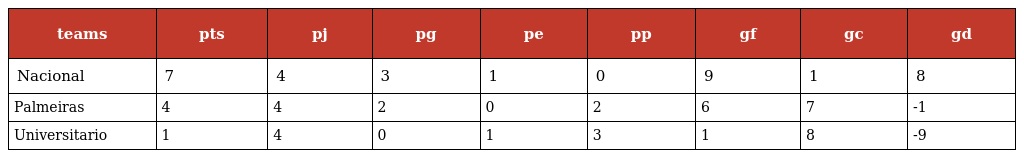
| teams | pts | pj | pg | pe | pp | gf | gc | gd |
 | --- | --- | --- | --- | --- | --- | --- | --- | --- |
 | Nacional | 7 | 4 | 3 | 1 | 0 | 9 | 1 | 8 |
 | Palmeiras | 4 | 4 | 2 | 0 | 2 | 6 | 7 | -1 |
 | Universitario | 1 | 4 | 0 | 1 | 3 | 1 | 8 | -9 |